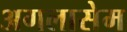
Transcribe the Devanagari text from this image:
अगलासेम